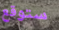
ستوقع